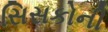
સિસકોની